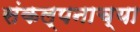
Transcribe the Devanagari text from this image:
संकल्पनाच्या